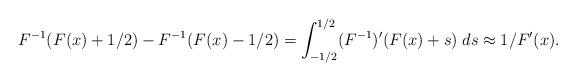
LaTeX: \begin{align*} F^{-1}(F(x)+1/2) - F^{-1}(F(x)-1/2) = \int_{-1/2}^{1/2} (F^{-1})'(F(x)+s)\; ds \approx 1/F'(x). \end{align*}